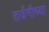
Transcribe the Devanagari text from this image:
तर्जनीच्या